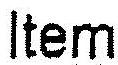
ITEM